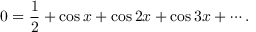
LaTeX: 0 = { \frac { 1 } { 2 } } + \cos x + \cos 2 x + \cos 3 x + \cdots .